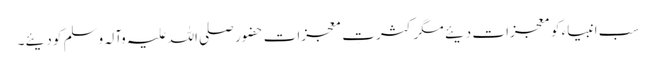
سب انبیاء کو معجزات دیئے مگر کثرتِ معجزات حضور صلی اللہ علیہ وآلہ وسلم کو دیئے۔